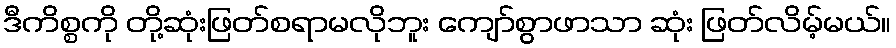
ဒီကိစ္စကို တို့ဆုံးဖြတ်စရာမလိုဘူး ကျော်စွာဖာသာ ဆုံး ဖြတ်လိမ့်မယ်။